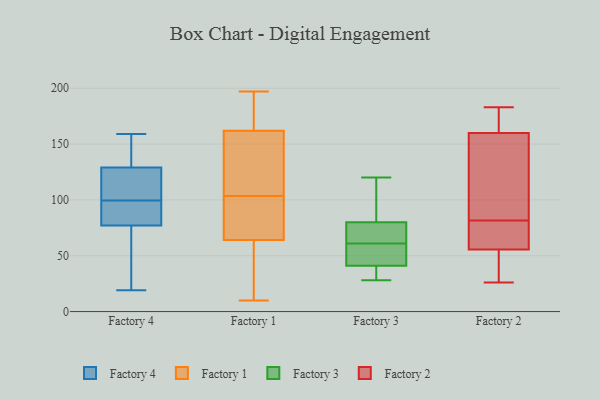
{"axis": {"x": "Temperature (°C)", "y": "Value"}, "legend": ["Factory 1", "Factory 2", "Factory 3", "Factory 4"], "data": [{"x": "", "y": 159, "type": "Factory 4"}, {"x": "", "y": 113, "type": "Factory 4"}, {"x": "", "y": 86, "type": "Factory 4"}, {"x": "", "y": 156, "type": "Factory 4"}, {"x": "", "y": 84, "type": "Factory 4"}, {"x": "", "y": 23, "type": "Factory 4"}, {"x": "", "y": 77, "type": "Factory 4"}, {"x": "", "y": 118, "type": "Factory 4"}, {"x": "", "y": 19, "type": "Factory 4"}, {"x": "", "y": 129, "type": "Factory 4"}, {"x": "", "y": 186, "type": "Factory 1"}, {"x": "", "y": 10, "type": "Factory 1"}, {"x": "", "y": 81, "type": "Factory 1"}, {"x": "", "y": 162, "type": "Factory 1"}, {"x": "", "y": 150, "type": "Factory 1"}, {"x": "", "y": 197, "type": "Factory 1"}, {"x": "", "y": 57, "type": "Factory 1"}, {"x": "", "y": 84, "type": "Factory 1"}, {"x": "", "y": 190, "type": "Factory 1"}, {"x": "", "y": 135, "type": "Factory 1"}, {"x": "", "y": 111, "type": "Factory 1"}, {"x": "", "y": 96, "type": "Factory 1"}, {"x": "", "y": 46, "type": "Factory 1"}, {"x": "", "y": 64, "type": "Factory 1"}, {"x": "", "y": 72, "type": "Factory 3"}, {"x": "", "y": 28, "type": "Factory 3"}, {"x": "", "y": 89, "type": "Factory 3"}, {"x": "", "y": 36, "type": "Factory 3"}, {"x": "", "y": 41, "type": "Factory 3"}, {"x": "", "y": 53, "type": "Factory 3"}, {"x": "", "y": 80, "type": "Factory 3"}, {"x": "", "y": 69, "type": "Factory 3"}, {"x": "", "y": 120, "type": "Factory 3"}, {"x": "", "y": 50, "type": "Factory 3"}, {"x": "", "y": 38, "type": "Factory 2"}, {"x": "", "y": 84, "type": "Factory 2"}, {"x": "", "y": 173, "type": "Factory 2"}, {"x": "", "y": 79, "type": "Factory 2"}, {"x": "", "y": 67, "type": "Factory 2"}, {"x": "", "y": 183, "type": "Factory 2"}, {"x": "", "y": 152, "type": "Factory 2"}, {"x": "", "y": 155, "type": "Factory 2"}, {"x": "", "y": 51, "type": "Factory 2"}, {"x": "", "y": 26, "type": "Factory 2"}, {"x": "", "y": 77, "type": "Factory 2"}, {"x": "", "y": 32, "type": "Factory 2"}, {"x": "", "y": 60, "type": "Factory 2"}, {"x": "", "y": 165, "type": "Factory 2"}, {"x": "", "y": 146, "type": "Factory 2"}, {"x": "", "y": 168, "type": "Factory 2"}]}